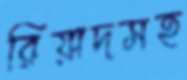
রিয়াদসহ